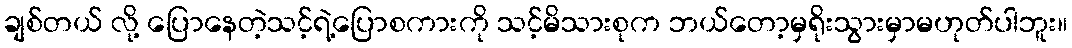
ချစ်တယ် လို့ ပြောနေတဲ့သင့်ရဲ့ပြောစကားကို သင့်မိသားစုက ဘယ်တော့မှရိုးသွားမှာမဟုတ်ပါဘူး။